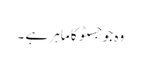
وہ جوجسٹو کا ماہر ہے ۔